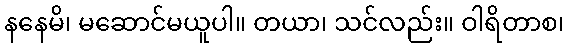
နနေမိ၊ မဆောင်မယူပါ။ တယာ၊ သင်လည်း။ ဝါရိတာစ၊